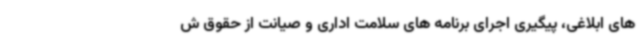
های ابلاغی، پیگیری اجرای برنامه های سلامت اداری و صیانت از حقوق ش